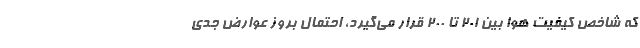
که شاخص کیفیت هوا بین 201 تا 200 قرار می‌گیرد، احتمال بروز عوارض جدی